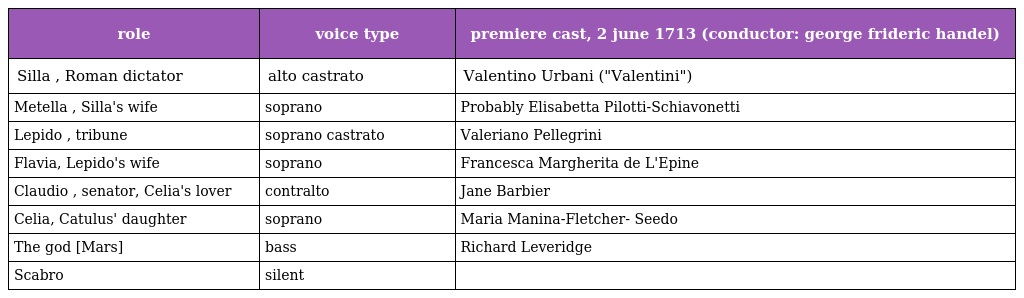
| role | voice type | premiere cast, 2 june 1713 (conductor: george frideric handel) |
 | --- | --- | --- |
 | Silla , Roman dictator | alto castrato | Valentino Urbani ("Valentini") |
 | Metella , Silla's wife | soprano | Probably Elisabetta Pilotti-Schiavonetti |
 | Lepido , tribune | soprano castrato | Valeriano Pellegrini |
 | Flavia, Lepido's wife | soprano | Francesca Margherita de L'Epine |
 | Claudio , senator, Celia's lover | contralto | Jane Barbier |
 | Celia, Catulus' daughter | soprano | Maria Manina-Fletcher- Seedo |
 | The god [Mars] | bass | Richard Leveridge |
 | Scabro | silent |  |